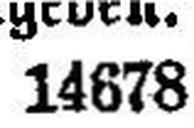
14678